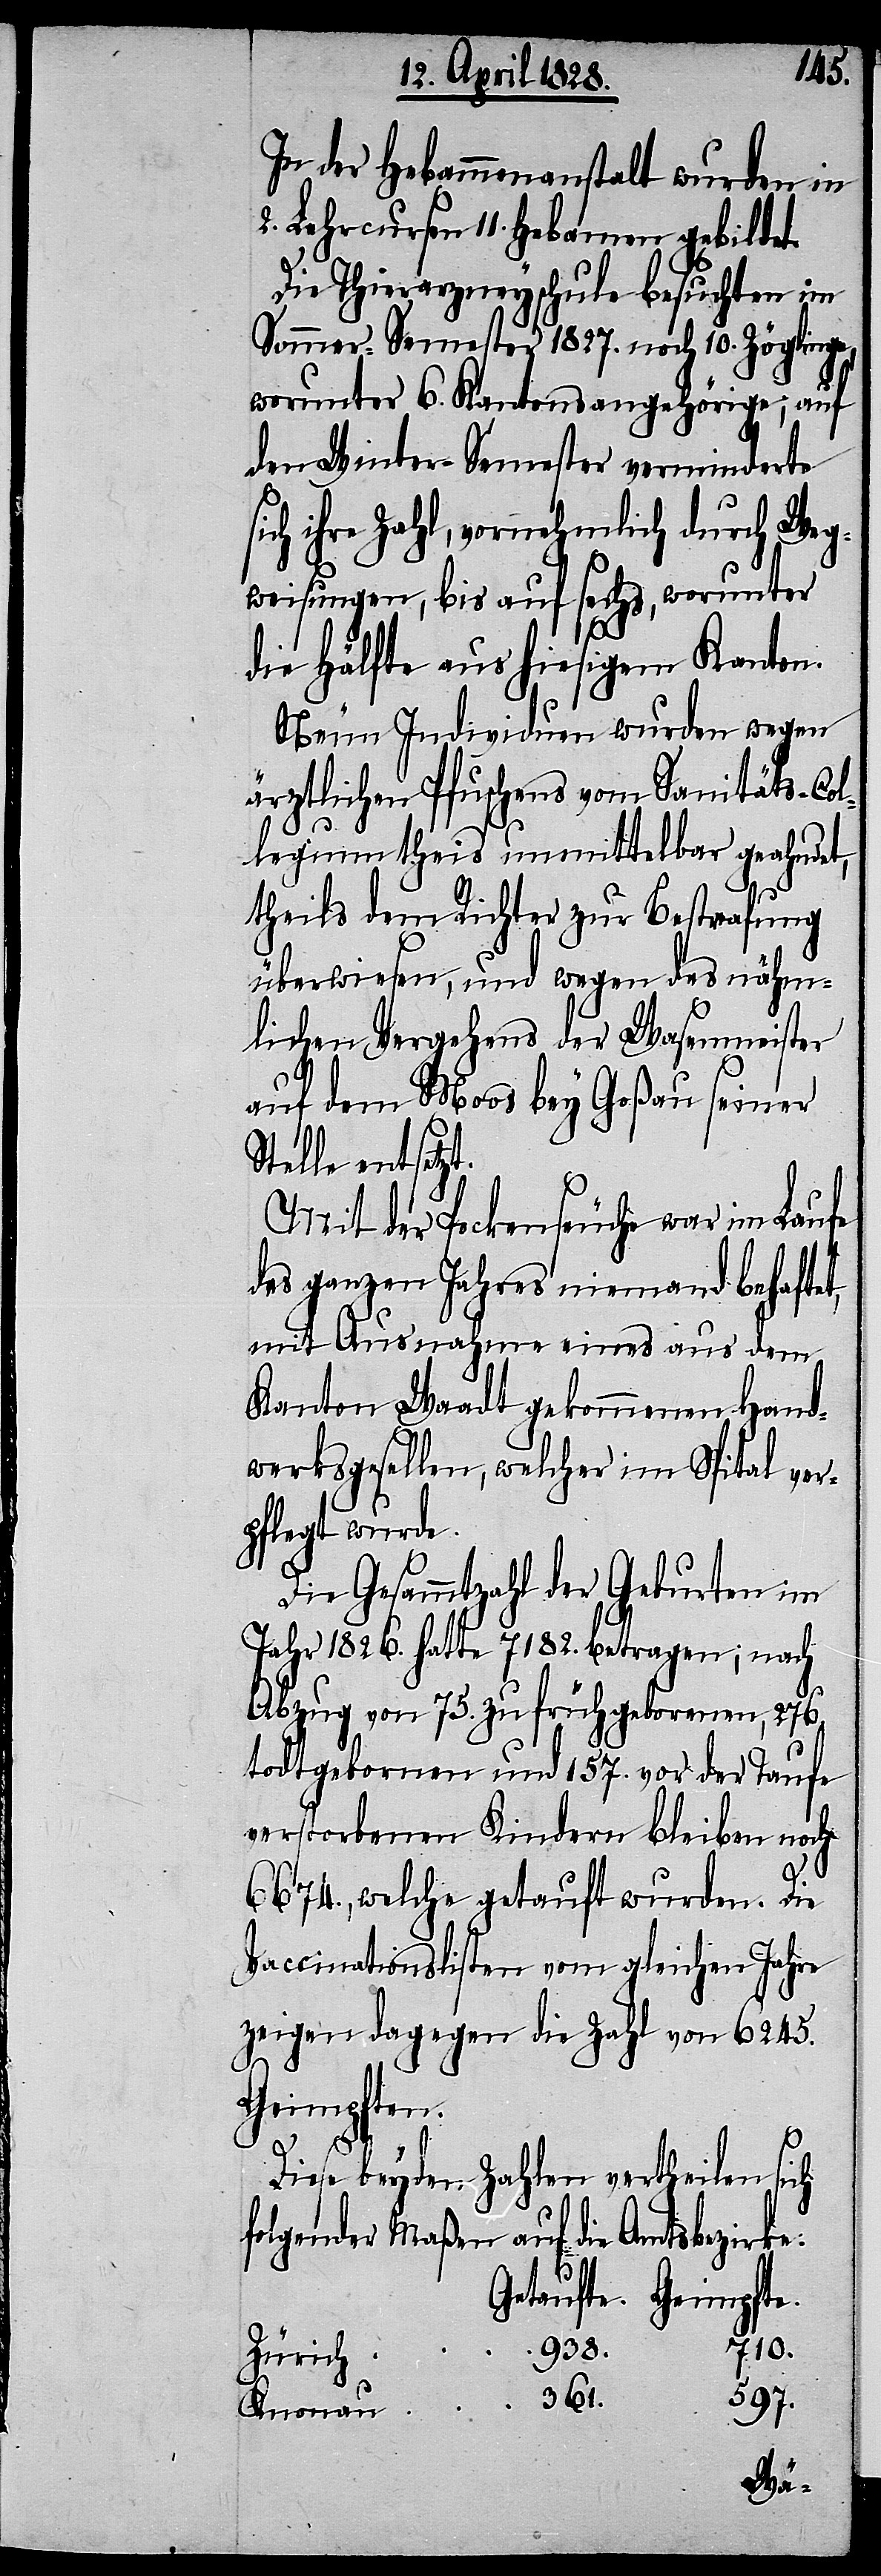
In der Hebammenanstalt wurden in
2. Lehrcursen 11. Hebamen gebildet.
Die Thierarzneyschule besuchten im
Sommer-Semester 1827. noch 10. Zöglinge,
worunter 6. Kantonsangehörige, auf
den Winter-Semester verminderte
ihre Zahl, vornehmlich durch Weg¬
weisungen, bis auf sechs, worunter
die Hälfte aus hiesigem Kanton.
Neun Individuen wurden wegen
ärztlichen Pfuschens vom Sanitäts-Col¬
legium thei[l]s unmittelbar geahndet,
theils dem Richter zur Bestrafung
überwiesen, und wegen des nähm¬
lichen Vergehens der Wasenmeister
auf dem Moos bey Goßau seiner
Stelle entsetz¬
Mit der Pockenseuche war im Laufe
des ganzen Jahres niemand behaftet,
mit Ausnahme eines aus dem
Kanton Waadt gekommenen Hand¬
werksgesellen, welcher im Spital ver¬
pflegt wurde.
Die Gesammtzahl der Geburten im
Jahr 1826. hatte 7182. betragen; nach
Abzug von 75. zu früh gebornen, 276.
todtgebornen und 157. vor der Taufe
verstorbenen Kindern bleiben noch
6674., welche getauft wurden. Die
Vaccinationslisten vom gleichen Jahre
zeigen dagegen die Zahl von 6245.
Geimpfte.
t.
Diese beyden Zahlen vertheilen sich
folgender Maßen auf die Amtsbezirke:
Getaufte.
710.
938.
Zürich
597.
361.
Knonau